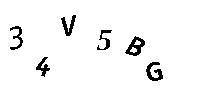
34V5BG